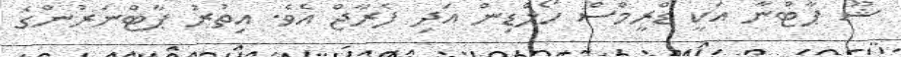
ޝޫ ޕާޓްނާ އަކީ ޑްރީމްސް ހޯލްޑިން އަދި ފެރާޖް އެވެ. އިތުރު ޕާޓްނަރުންގެ